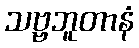
သဗ္ဗဘူတာနံ